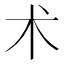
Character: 术